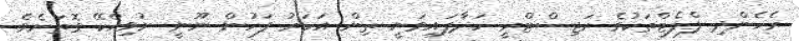
ރެހެންދި ފްލެޓްތަކުގެ ރަޖިސްޓްރީ ހަދާފައިވަނީ ތިން އަހަރު ފަހުން ނޫނީ ނުވިއްކޭ ގޮތަށެވެ.